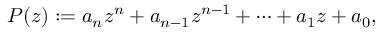
P ( z ) : = a _ { n } z ^ { n } + a _ { n - 1 } z ^ { n - 1 } + \cdots + a _ { 1 } z + a _ { 0 } ,